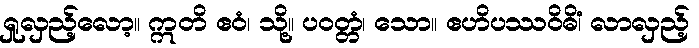
ရှုလှည့်လော့။ ဣတိ ဧဝံ၊ သို့။ ပဝတ္တံ၊ သော။ ဧဟိပဿဝိဓိံ၊ လာလှည့်